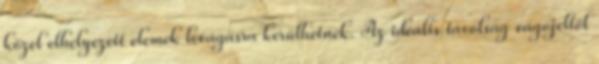
közel elhelyezett elemek levágásra kerülhetnek. Az ideális távolság vágójeltől